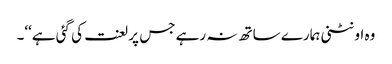
وہ اونٹنی ہمارے ساتھ نہ رہے جس پر لعنت کی گئی ہے‘‘۔